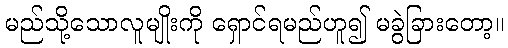
မည်သို့သောလူမျိုးကို ရှောင်ရမည်ဟူ၍ မခွဲခြားတော့။